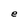
Character: e